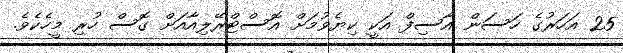
25 އަހަރުގެ ހަސަން އާސިފް އަކީ ކިޔެވުމަށް އޮސްޓްރޭލިއާއަށް ގޮސް ހުރި މީހެކެވެ.